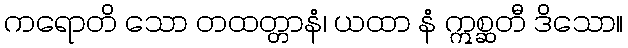
ကရောတိ သော တထတ္တာနံ၊ ယထာ နံ ဣစ္ဆတီ ဒိသော။